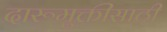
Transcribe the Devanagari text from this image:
दारूमुक्तीसाठी